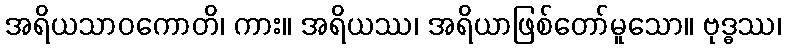
အရိယသာဝကောတိ၊ ကား။ အရိယဿ၊ အရိယာဖြစ်တော်မူသော။ ဗုဒ္ဓဿ၊